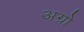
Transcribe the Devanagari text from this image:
अग्रो